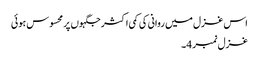
اس غزل میں روانی کی کمی اکثر جگہوں پر محسوس ہوئی
غزل نمبر 4۔